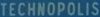
TECHNOPOLIS